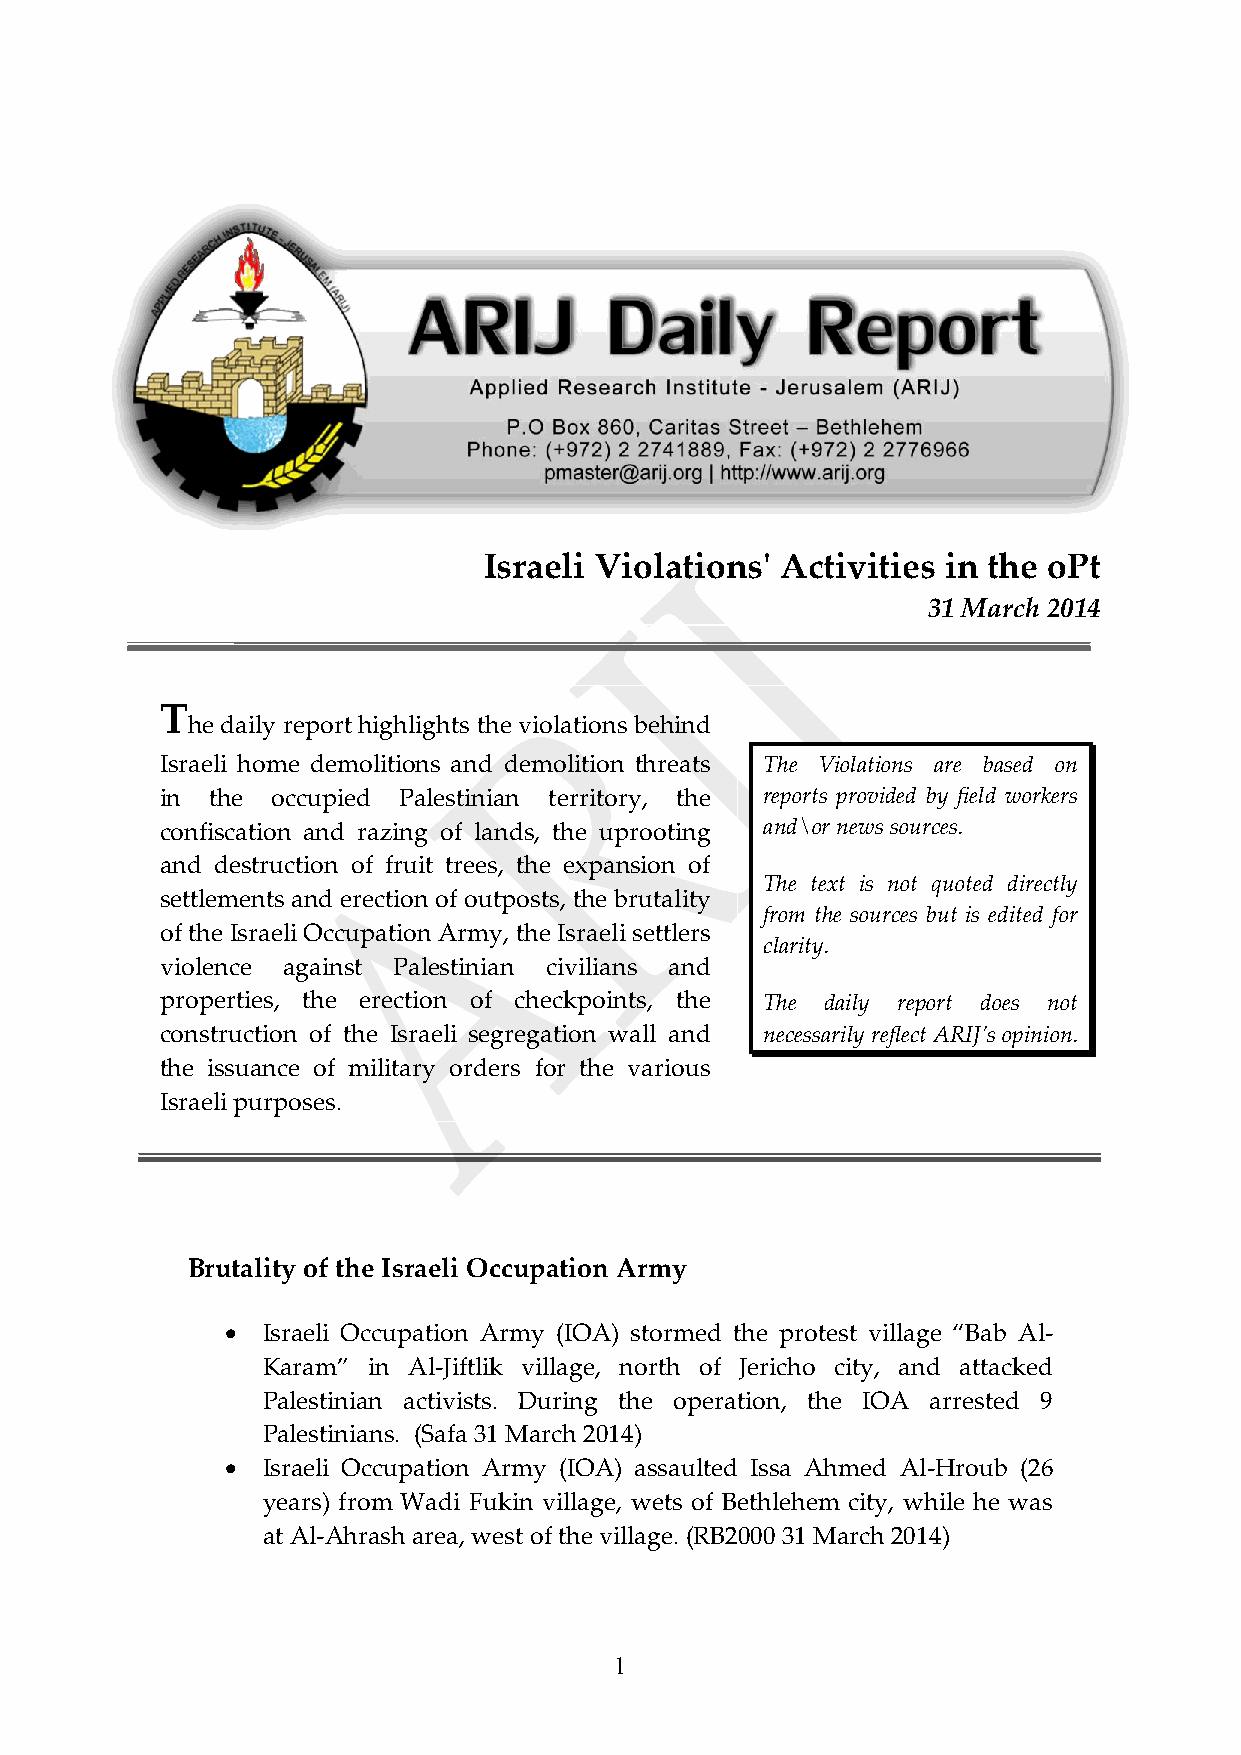
Israeli Violations' Activities in the oPt
 31 March 2014
 T
 he daily report highlights the violations behind
 Israeli home demolitions and demolition threats The Violations are based on
 in the occupied Palestinian territory, the reports provided by field workers
 confiscation and razing of lands, the uprooting and\or news sources.
 and destruction of fruit trees, the expansion of
 The text is not quoted directly
 settlements and erection of outposts, the brutality
 from the sources but is edited for
 of the Israeli Occupation Army, the Israeli settlers
 clarity.
 violence against Palestinian civilians and
 properties, the erection of checkpoints, the The daily report does not
 construction of the Israeli segregation wall and necessarily reflect ARIJ’s opinion.
 the issuance of military orders for the various
 Israeli purposes.
 Brutality of the Israeli Occupation Army
  Israeli Occupation Army (IOA) stormed the protest village “Bab Al-
 Karam” in Al-Jiftlik village, north of Jericho city, and attacked
 Palestinian activists. During the operation, the IOA arrested 9
 Palestinians. (Safa 31 March 2014)
  Israeli Occupation Army (IOA) assaulted Issa Ahmed Al-Hroub (26
 years) from Wadi Fukin village, wets of Bethlehem city, while he was
 at Al-Ahrash area, west of the village. (RB2000 31 March 2014)
 1